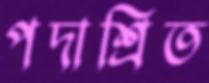
পদাশ্রিত